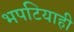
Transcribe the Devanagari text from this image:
भपटियाही